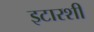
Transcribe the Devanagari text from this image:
इटारशी